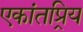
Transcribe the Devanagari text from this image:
एकांतप्र्रिय